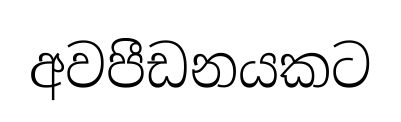
අවපීඩනයකට